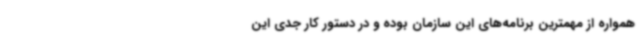
همواره از مهمترین برنامه‌های این سازمان بوده و در دستور کار جدی این